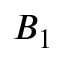
B _ { 1 }